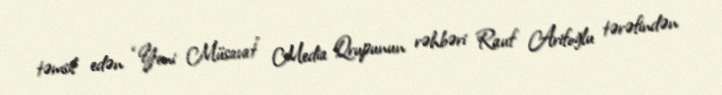
təmsil edən “Yeni Müsavat” Media Qrupunun rəhbəri Rauf Arifoğlu tərəfindən